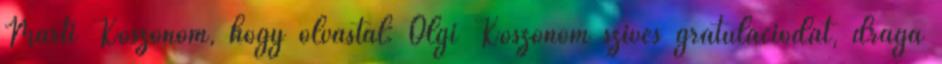
Márti Köszönöm, hogy olvastál: Olgi Köszönöm szíves gratulációdat, drága